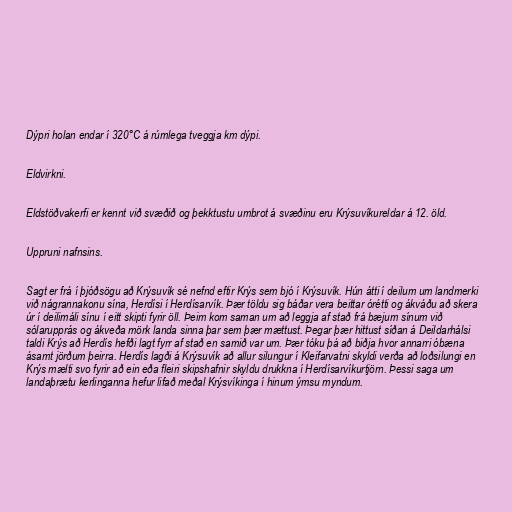
Dýpri holan endar í 320°C á rúmlega tveggja km dýpi.

Eldvirkni.

Eldstöðvakerfi er kennt við svæðið og þekktustu umbrot á svæðinu eru Krýsuvíkureldar á 12. öld.

Uppruni nafnsins.

Sagt er frá í þjóðsögu að Krýsuvík sé nefnd eftir Krýs sem bjó í Krýsuvík. Hún átti í deilum um landmerki
við nágrannakonu sína, Herdísi í Herdísarvík. Þær töldu sig báðar vera beittar órétti og ákváðu að skera
úr í deilimáli sínu í eitt skipti fyrir öll. Þeim kom saman um að leggja af stað frá bæjum sínum við
sólarupprás og ákveða mörk landa sinna þar sem þær mættust. Þegar þær hittust síðan á Deildarhálsi
taldi Krýs að Herdís hefði lagt fyrr af stað en samið var um. Þær tóku þá að biðja hvor annarri óbæna
ásamt jörðum þeirra. Herdís lagði á Krýsuvík að allur silungur í Kleifarvatni skyldi verða að loðsilungi en
Krýs mælti svo fyrir að ein eða fleiri skipshafnir skyldu drukkna í Herdísarvíkurtjörn. Þessi saga um
landaþrætu kerlinganna hefur lifað meðal Krýsvíkinga í hinum ýmsu myndum.